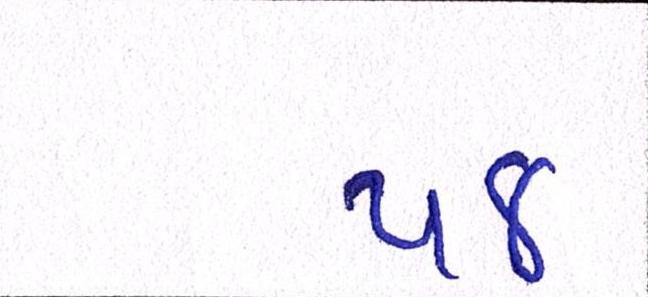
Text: ૫૪